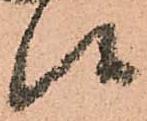
候